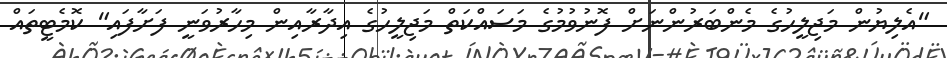
"އެލިޔުން މަޖިލީހުގެ މެންބަރުންނަށް ފޮނުވުމުގެ މަސައްކަތް މަޖިލީހުގެ އިދާރާއިން މިހާރުވަނީ ފަށާފައި" ކޮމެޓީތައް